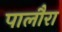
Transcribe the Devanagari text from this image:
पालौरा